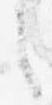
之